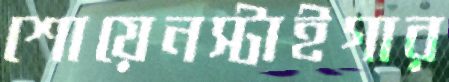
শোয়েনস্টাইগার